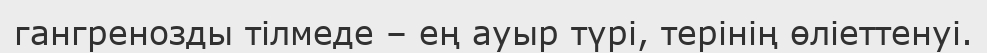
гангренозды тілмеде – ең ауыр түрі, терінің өліеттенуі.